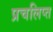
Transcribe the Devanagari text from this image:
प्रचलिप्त